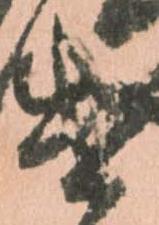
遣